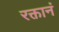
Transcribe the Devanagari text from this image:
रक्तानं